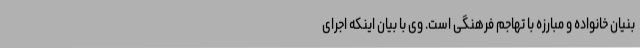
بنیان خانواده و مبارزه با تهاجم فرهنگی است. وی با بیان اینکه اجرای